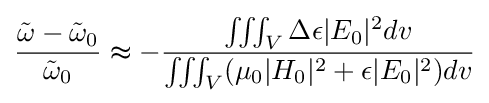
{\frac {{\tilde {\omega }}-{\tilde {\omega }}_{0}}{{\tilde {\omega }}_{0}}}\thickapprox -{\frac {\iiint _{V}\Delta \epsilon |E_{0}|^{2}dv}{\iiint _{V}(\mu _{0}|H_{0}|^{2}+\epsilon |E_{0}|^{2})dv}}